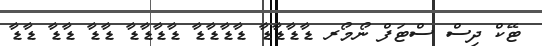
ޓޭކް ދިސް ސްޓަފް ނޯމޯރ ޑާޑާޑާޑާ ޑާޑާޑާޑާ ޑާޑާޑާޑާ ޑާޑާ ޑާޑާ ޑާޑާ